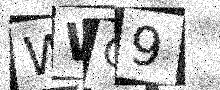
Text: WWQ9